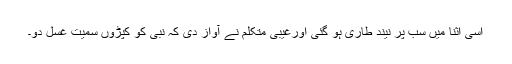
اسی اثنا میں سب پر نیند طاری ہو گئی اورغیبی متکلم نے آواز دی کہ نبی کو کپڑوں سمیت غسل دو۔